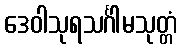
ဒေဝါသုရသင်္ဂါမသုတ္တံ